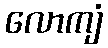
လောကျံ